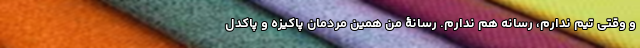
و وقتی تیم ندارم، رسانه هم ندارم. رسانۀ من همین مردمان پاکیزه و پاکدل